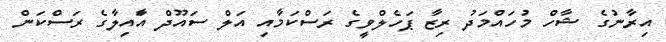
އިރާނުގެ ޝާހް މުހައްމަދު ރިޒާ ޕަހެލްވީގެ ރަސްކަމާއި އަލް ސައޫދް އަާއިލާގެ ރަސްކަން